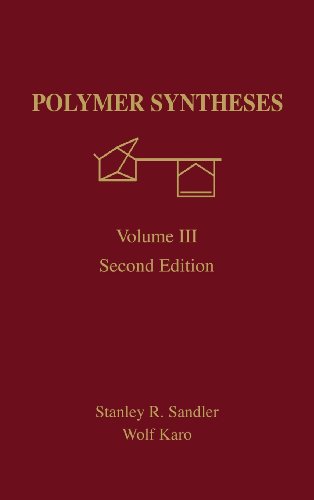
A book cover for Polymer Synthesis, Second Edition: Volume 3 (Polymer Syntheses); Stanley R. Sandler; Science & Math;